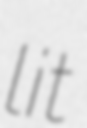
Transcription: lit